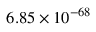
6 . 8 5 \times 1 0 ^ { - 6 8 }